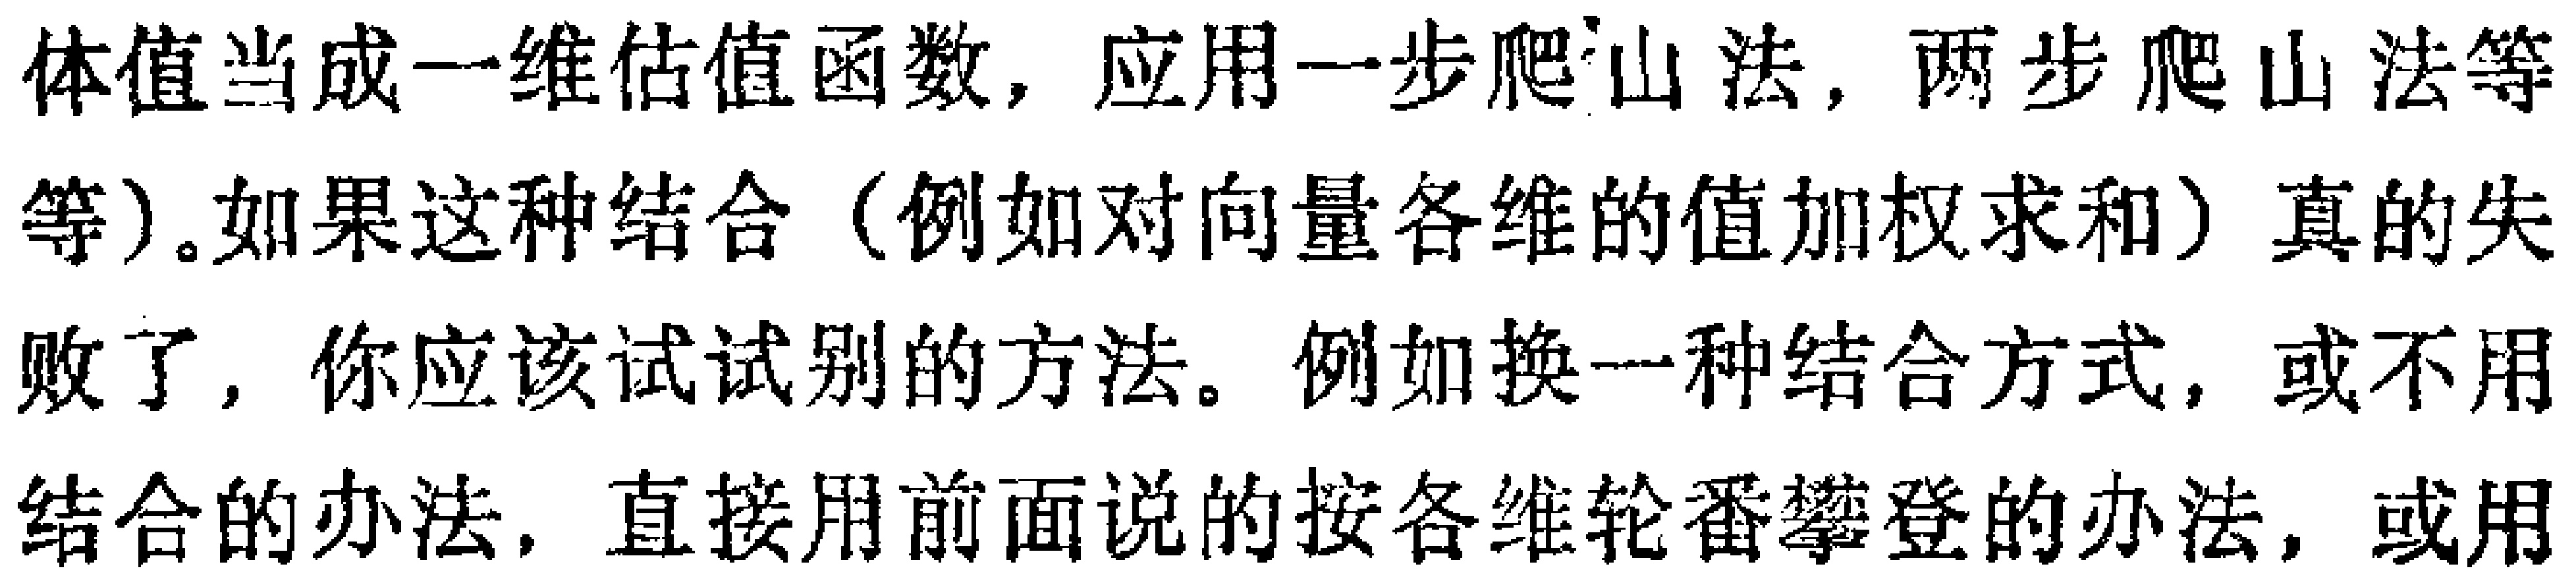
体值当成一维估值函数，应用一步爬山法，两步爬山法等等）。如果这种结合（例如对向量各维的值加权求和）真的失败了，你应该试试别的方法。例如换一种结合方式，或不用结合的办法，直接用前面说的按各维轮番攀登的办法，或用